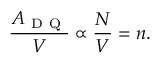
\frac { A _ { \mathrm { ~ D ~ Q ~ } } } { V } \propto \frac { N } { V } = n .